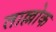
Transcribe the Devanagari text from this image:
ताल्लोक